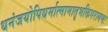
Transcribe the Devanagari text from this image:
धनंजयोपिधर्मात्मामातृभक्तिपरायणः